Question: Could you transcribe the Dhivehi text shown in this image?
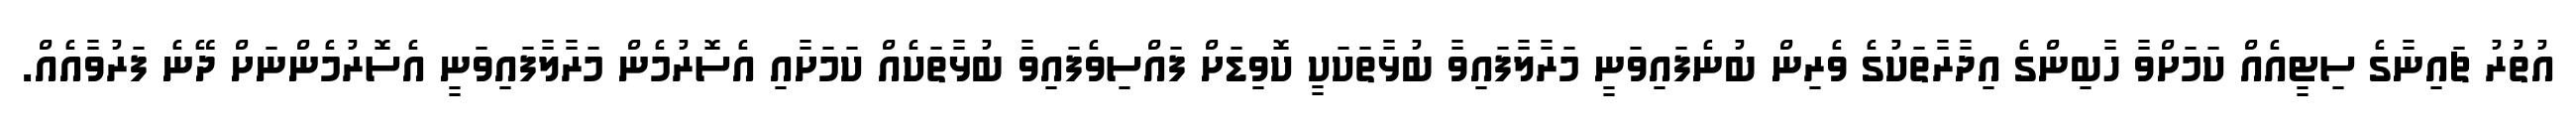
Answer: އުތުރު ޗައިނާގެ ސިޓީއެއް ކަމަށްވާ ހާބިންގެ އިދާރާތަކުގެ ވެރިން ބުނެފައިވަނީ މަރާލާފައިވާ ބުޅާތަކަކީ ކޮވިޑަށް ފައްސިވެފައިވާ ބުޅާތަކެއް ކަމަށާއި އެސޮރުމެން މަރާލާފައިވަނީ އެސޮރުމެންނަށް ދޭނެ ފަރުވާއެއް.